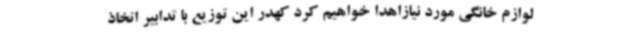
لوازم خانگی مورد نیازاهدا خواهیم کرد کهدر این توزیع با تدابیر اتخاذ